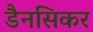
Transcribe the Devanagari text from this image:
डैनसिकर